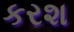
કરશ